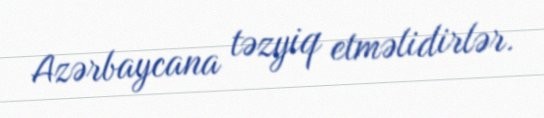
Azərbaycana təzyiq etməlidirlər.